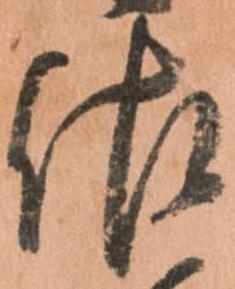
佐